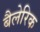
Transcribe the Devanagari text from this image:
बैलेरिक